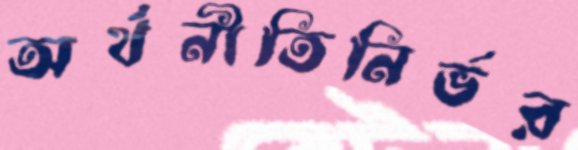
অর্থনীতিনির্ভর